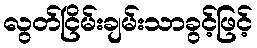
လွတ်ငြိမ်းချမ်းသာခွင့်ဖြင့်